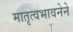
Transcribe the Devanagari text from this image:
मातृत्वभावनेने